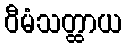
ဝီမံသတ္ထာယ